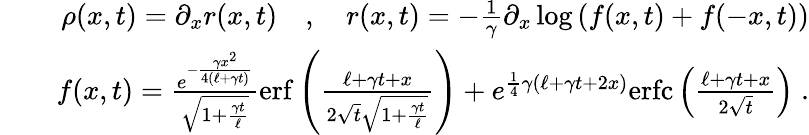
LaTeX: \begin{array}{rlr}&{}&{\rho(x,t)=\partial_{x}r(x,t)\quad,\quad r(x,t)=-\frac{1}{\gamma}\partial_{x}\log\left(f(x,t)+f(-x,t)\right)}\\ &{}&{f(x,t)=\frac{e^{-\frac{\gamma x^{2}}{4({\ell}+\gamma t)}}}{\sqrt{1+\frac{\gamma t}{{\ell}}}}\mathrm{erf}\left(\frac{{\ell}+\gamma t+x}{2\sqrt{t}\sqrt{1+\frac{\gamma t}{{\ell}}}}\right)+e^{\frac{1}{4}\gamma({\ell}+\gamma t+2x)}\mathrm{erfc}\left(\frac{{\ell}+\gamma t+x}{2\sqrt{t}}\right)\; .}\end{array}